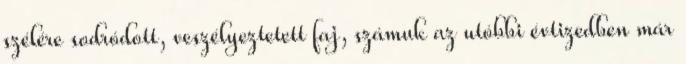
szélére sodródott, veszélyeztetett faj, számuk az utóbbi évtizedben már